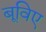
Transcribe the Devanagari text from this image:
बूविए